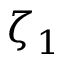
\zeta _ { 1 }